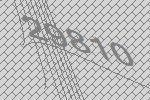
29810